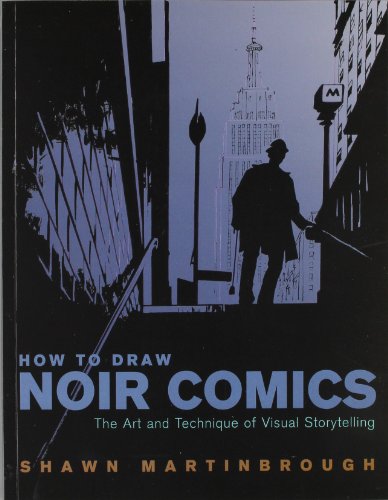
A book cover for How to Draw Noir Comics: The Art and Technique of Visual Storytelling; Shawn Martinbrough; Comics & Graphic Novels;